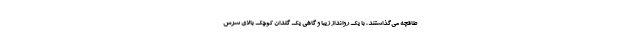
طاقچه می‌گذاشتند، با یک روانداز زیبا و گاهی یک گلدان کوچک بالای سرش